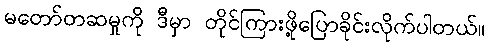
မတော်တဆမှုကို ဒီမှာ တိုင်ကြားဖို့ပြောခိုင်းလိုက်ပါတယ်။